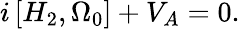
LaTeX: i\left[H_{2},\Omega_{0}\right]+V_{A}=0.